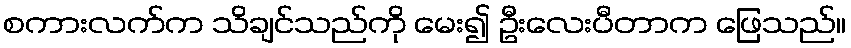
စကားလက်က သိချင်သည်ကို မေး၍ ဦးလေးပီတာက ဖြေသည်။